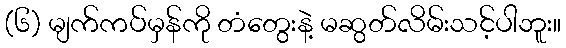
(၆) မျက်ကပ်မှန်ကို တံတွေးနဲ့ မဆွတ်လိမ်းသင့်ပါဘူး။